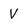
Character: V